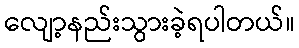
လျော့နည်းသွားခဲ့ရပါတယ်။